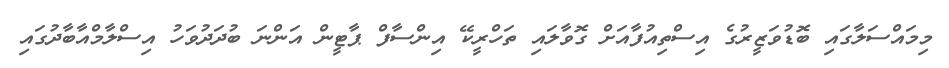
މިމައްސަލާގައި ބޮޑުވަޒީރުގެ އިސްތިއުފާއަށް ގޮވާލައި ތަހްރީކޭ އިންސާފް ޕާޓީން އަންނަ ބުދަދުވަހު އިސްލާމްއާބާދުގައި